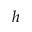
h